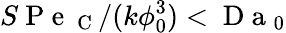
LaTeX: S\mathrm{~P~e~}_{\mathrm{~C~}}/(k\phi_{0}^{3})<\mathrm{~D~a~}_{0}